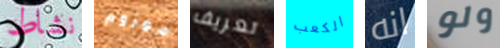
نشاط مهزوم تعريف الكعب انه ولو